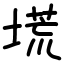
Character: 塃